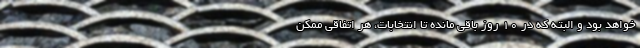
خواهد بود و البته که در 10 روز باقی مانده تا انتخابات، هر اتفاقی ممکن